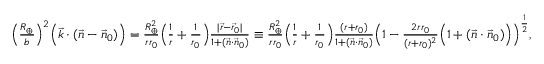
\begin{array} { r } { \Big ( \frac { R _ { \oplus } } { b } \Big ) ^ { 2 } \Big ( { \vec { k } } \cdot ( { \vec { n } } - { \vec { n } } _ { 0 } ) \Big ) = \frac { R _ { \oplus } ^ { 2 } } { r r _ { 0 } } \Big ( \frac { 1 } { r } + \frac { 1 } { r _ { 0 } } \Big ) \frac { | \vec { r } - \vec { r } _ { 0 } | } { 1 + ( \vec { n } \cdot \vec { n } _ { 0 } ) } \equiv \frac { R _ { \oplus } ^ { 2 } } { r r _ { 0 } } \Big ( \frac { 1 } { r } + \frac { 1 } { r _ { 0 } } \Big ) \frac { ( r + r _ { 0 } ) } { 1 + ( \vec { n } \cdot \vec { n } _ { 0 } ) } \Big ( 1 - \frac { 2 r r _ { 0 } } { ( r + r _ { 0 } ) ^ { 2 } } \Big ( 1 + ( \vec { n } \cdot \vec { n } _ { 0 } ) \Big ) \Big ) ^ { \frac { 1 } { 2 } } , ~ ~ } \end{array}